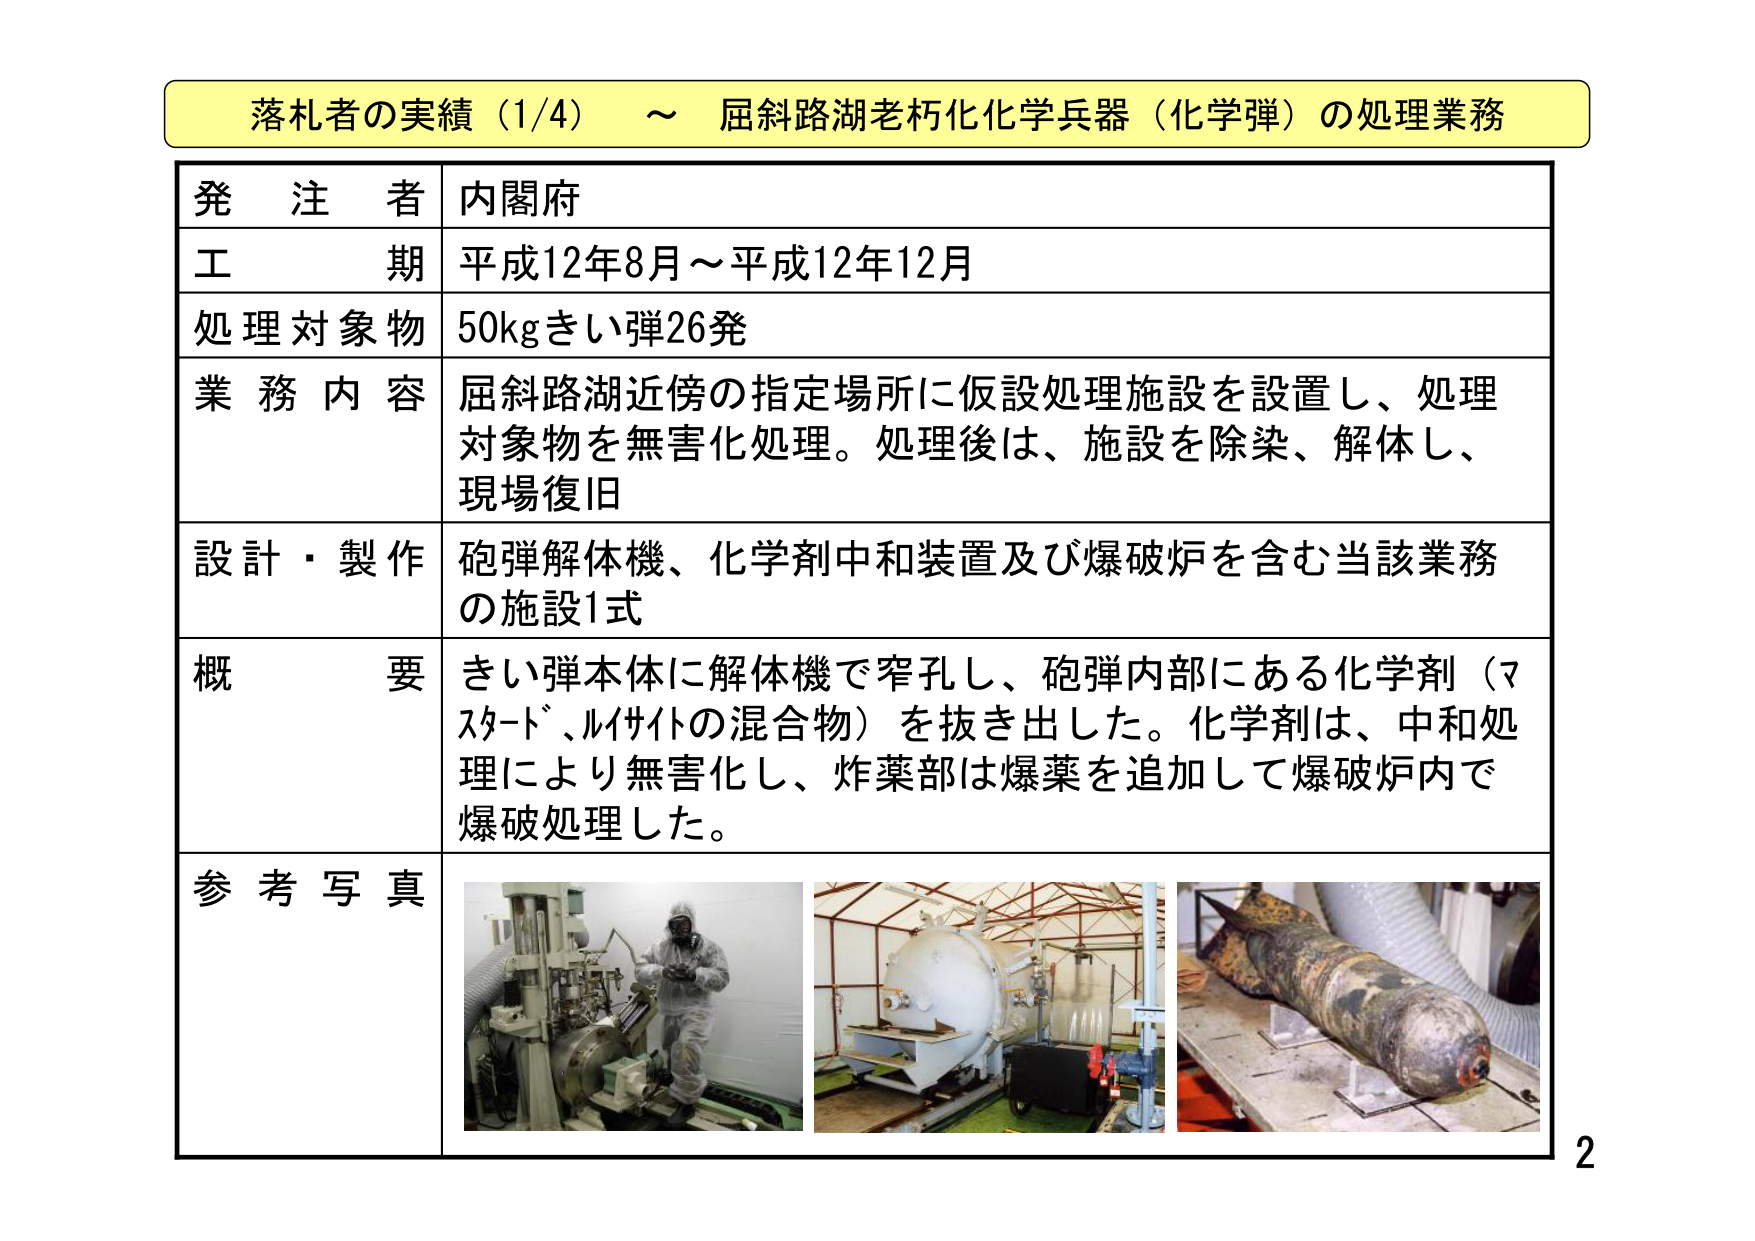
落札者の実績（1/4）～ 屈斜路湖老朽化化学兵器（化学弾）の処理業務

発注者 内閣府
工期 平成12年8月～平成12年12月
処理対象物 50kgきい弾26発
業務内容 屈斜路湖近傍の指定場所に仮設処理施設を設置し、処理対象物を無害化処理。処理後は、施設を除染、解体し、現場復旧
設計・製作 砲弾解体機、化学剤中和装置及び爆破炉を含む当該業務の施設1式
概要 きい弾本体に解体機で窄孔し、砲弾内部にある化学剤（マスタード、ルイサイトの混合物）を抜き出した。化学剤は、中和処理により無害化し、炸薬部は爆薬を追加して爆破炉内で爆破処理した。
参考写真

2